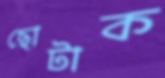
ছোটাক